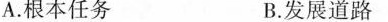
A. 根本任务 B. 发展道路